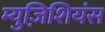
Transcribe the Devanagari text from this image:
म्युज़िशियंस